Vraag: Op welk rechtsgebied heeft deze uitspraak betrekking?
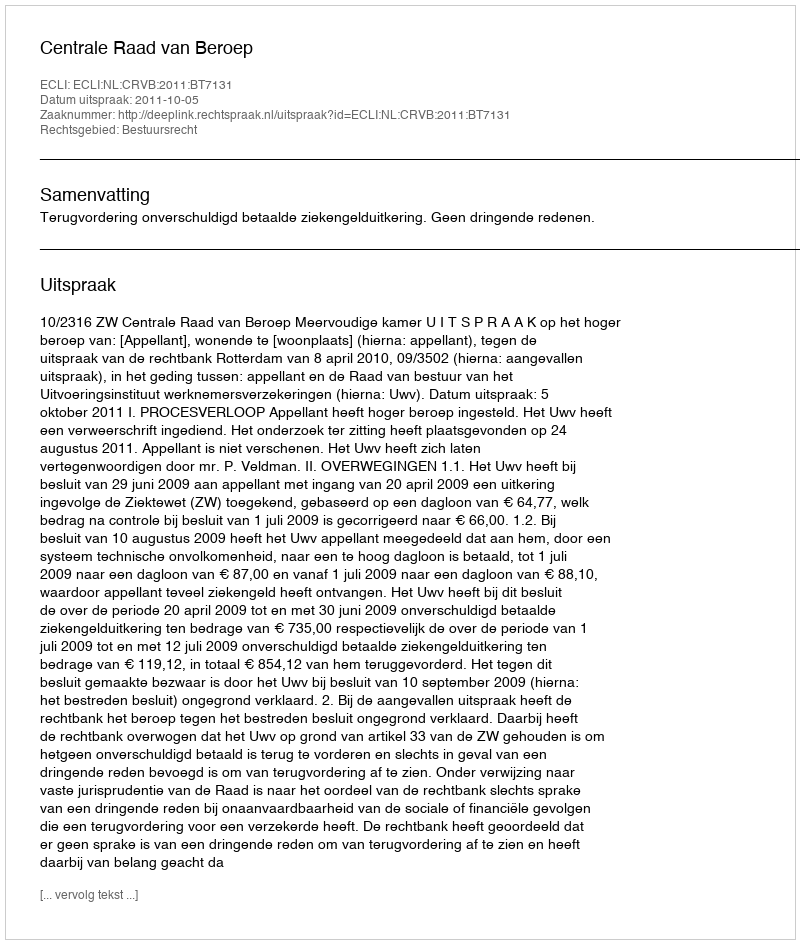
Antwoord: Bestuursrecht